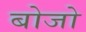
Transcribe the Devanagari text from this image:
बोजो